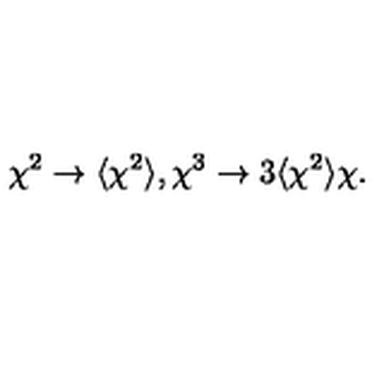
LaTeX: { \chi } ^ { 2 } \to \langle { \chi } ^ { 2 } \rangle , { \chi } ^ { 3 } \to 3 \langle { \chi } ^ { 2 } \rangle { \chi } .